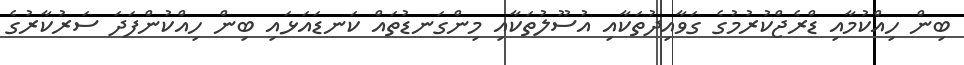
ބިން ހިއްކުމާއި ޑްރެޖްކުރުމުގެ ގަވާއިދުތަކާއި އުސޫލުތަކާއި މިންގަނޑުތައް ކަނޑައަޅައި ބިން ހިއްކުންފަދަ ސަރުކާރުގެ